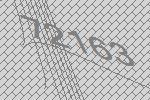
72163